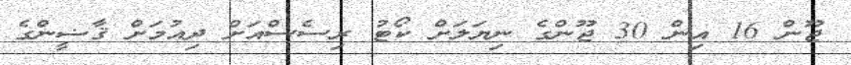
ޖޫން 16 އިން 30 ޖޫންގެ ނިޔަލަށް ކޯޓު ރިސެސްއަށް ދިއުމަށް ޤާޟީންގެ